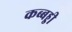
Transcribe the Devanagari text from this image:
कब्बड्डी